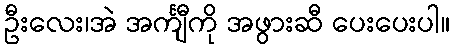
ဦးလေး၊အဲ အင်္ကျီကို အဖွားဆီ ပေးပေးပါ။